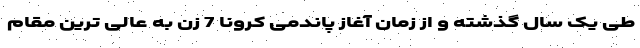
طی یک سال گذشته و از زمان آغاز پاندمی کرونا 7 زن به عالی ترین مقام